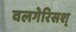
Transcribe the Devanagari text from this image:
वलगेरिसश्